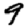
Digit: 9